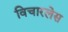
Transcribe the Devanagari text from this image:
विचारलेस